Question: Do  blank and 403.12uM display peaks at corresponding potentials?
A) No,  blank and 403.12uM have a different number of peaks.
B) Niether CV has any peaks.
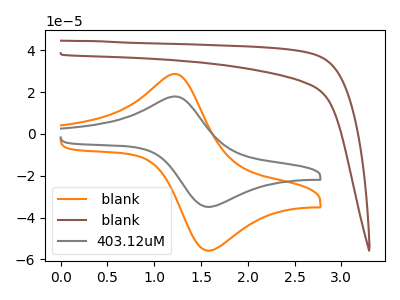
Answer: <think>The orange curve " blank" has an anodic peak at (1.25V, 28.70uA) and a cathodic peak at (1.55V, -55.90uA). The brown curve " blank" has no peaks. The gray curve "403.12uM" has an anodic peak at (1.25V, 17.90uA) and a cathodic peak at (1.55V, -34.95uA).</think>
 <answer>A) No, " blank" and "403.12uM" have a different number of peaks.</answer>
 <eval>A</eval>